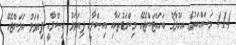
4.14 މަސައްކަތުގެ އަޚުލާޤު ބަހައްޓަންޖެހޭ މިންގަޑުތަކާއި އިޞްލާޙީ ފިޔަވަޅު އިޞްލާޙީ ފިޔަވަޅު އަޅަންޖެހޭ